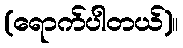
(ရောက်ပါတယ်)။